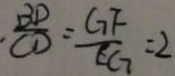
\frac { B D } { C D } = \frac { G F } { E G } = 2